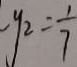
y _ { 2 } = \frac { 1 } { 7 }